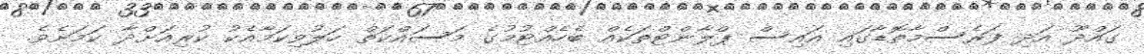
ގައްދޫ އަދި ފަރެސްމާތޮޑާގައި އައިސް ޕްލާންޓްތަކެއް ބެހެއްޓުމުގެ މަސައްކަތް ހަލުވިކަމާއެކު ކުރިއަށްދާ ކަމަށެވެ.